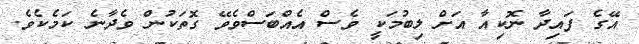
އޭގެ ފައިދާ ނޮކިއާ އަށް ލިބުމަކީ ވެސް އެއްބަސްވެވޭ ގޮތަކުން ވެދާނެ ކަމެކެވެ.